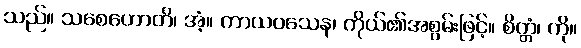
သည်။ သစေဟောတိ၊ အံ့။ ကာယဝသေန၊ ကိုယ်၏အစွမ်းဖြင့်။ စိတ္တံ၊ ကို။